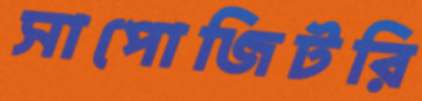
সাপোজিটরি